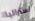
استراليا